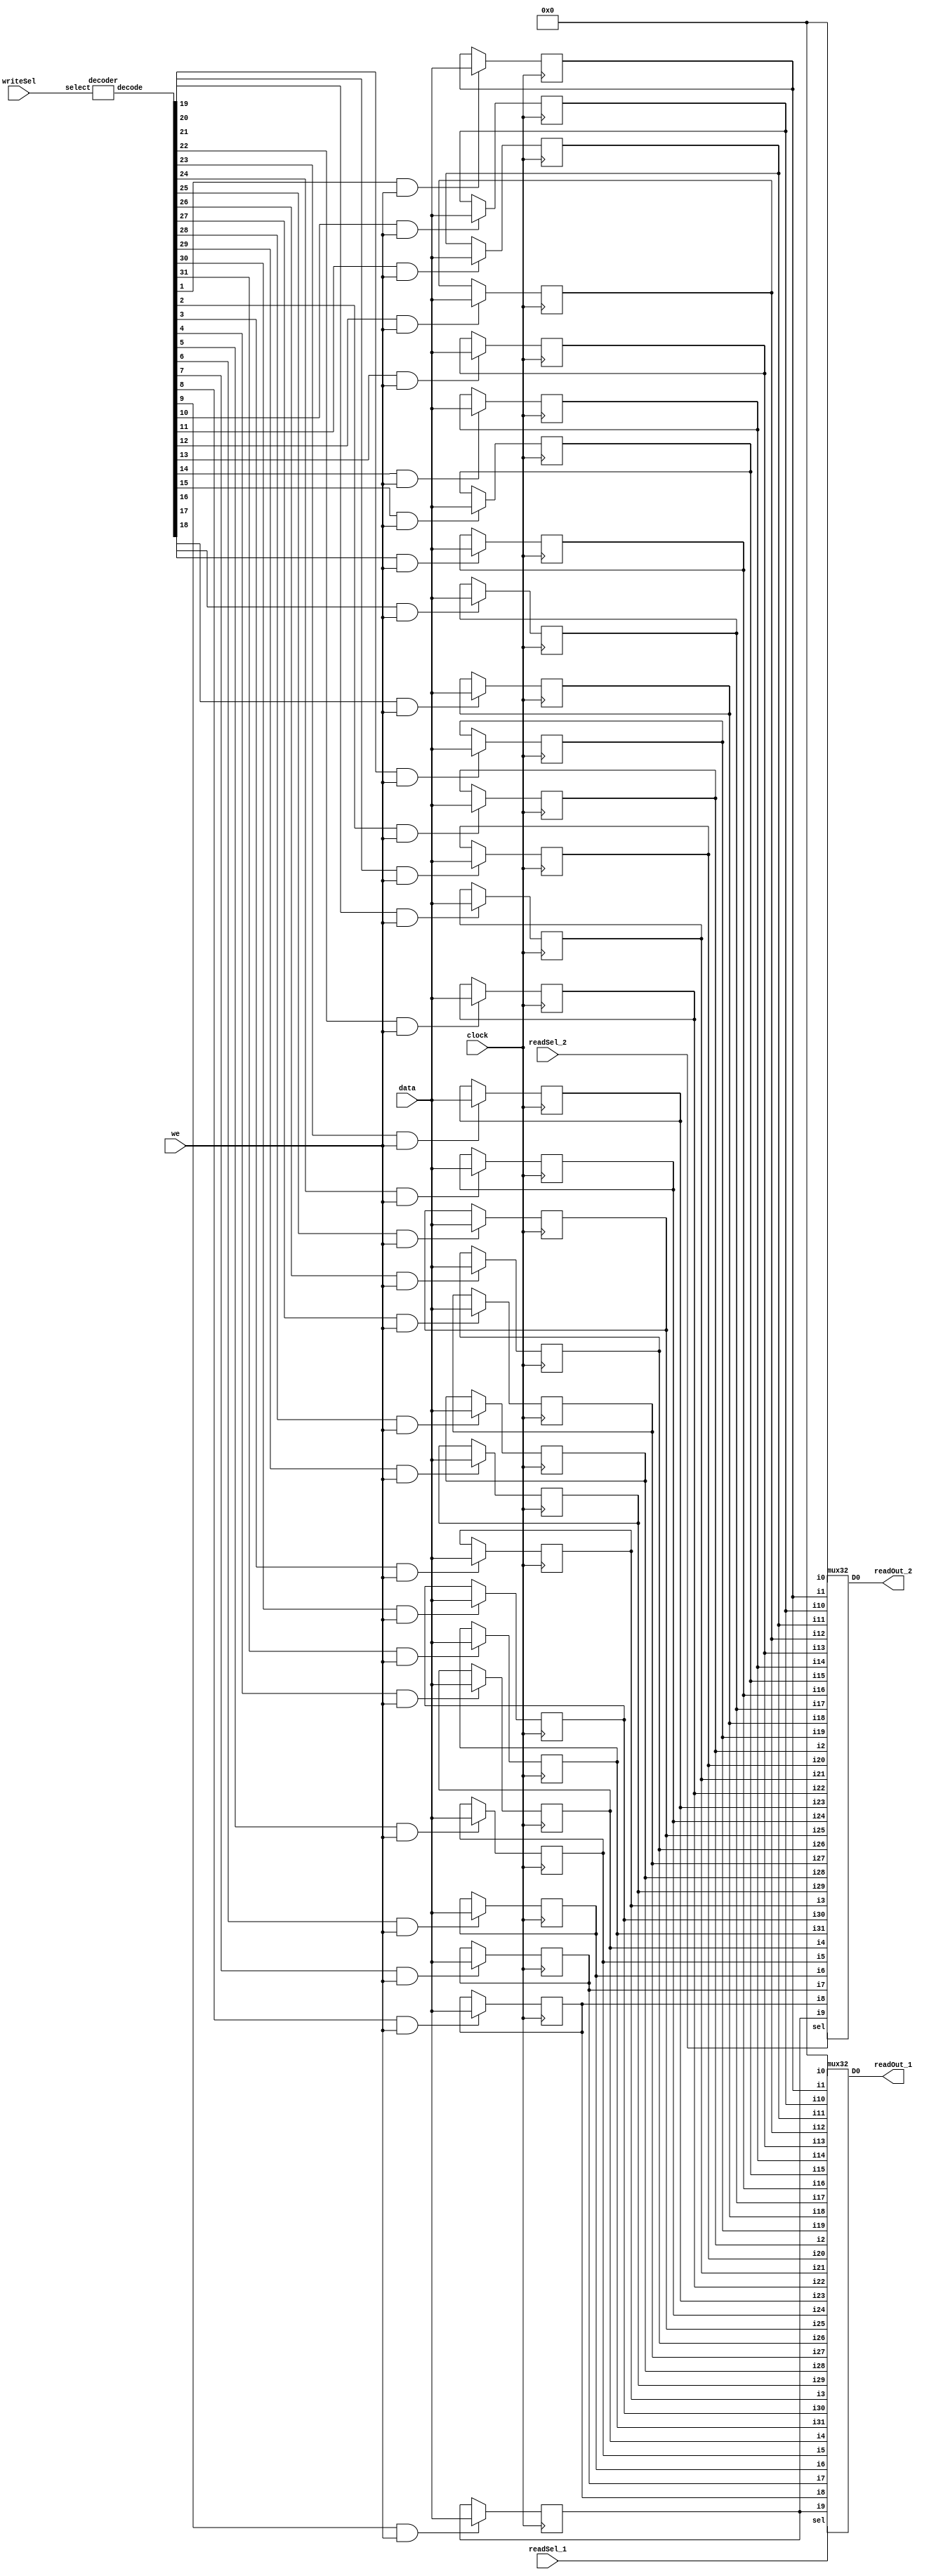
module registerFile (readOut_1, readOut_2, readSel_1, readSel_2, writeSel, data, we, clock);
	output [31:0] readOut_1, readOut_2;
	input [4:0] readSel_1, readSel_2, writeSel;
	input [31:0] data;
	input we, clock;
	
	reg [31:0] memory [31:0]; //The structure that contains the data
		
	initial memory[0] = 31'b0;
	
	mux32 ma0(readOut_1, memory[0],
						memory[1],
						memory[2],
						memory[3],
						memory[4],
						memory[5],
						memory[6],
						memory[7],
						memory[8],
						memory[9],
						memory[10],
						memory[11],
						memory[12],
						memory[13],
						memory[14],
						memory[15],
						memory[16],
						memory[17],
						memory[18],
						memory[19],
						memory[20],
						memory[21],
						memory[22],
						memory[23],
						memory[24],
						memory[25],
						memory[26],
						memory[27],
						memory[28],
						memory[29],
						memory[30],
						memory[31], readSel_1);
	
	mux32 ma1(readOut_2, memory[0],
						memory[1],
						memory[2],
						memory[3],
						memory[4],
						memory[5],
						memory[6],
						memory[7],
						memory[8],
						memory[9],
						memory[10],
						memory[11],
						memory[12],
						memory[13],
						memory[14],
						memory[15],
						memory[16],
						memory[17],
						memory[18],
						memory[19],
						memory[20],
						memory[21],
						memory[22],
						memory[23],
						memory[24],
						memory[25],
						memory[26],
						memory[27],
						memory[28],
						memory[29],
						memory[30],
						memory[31], readSel_2);


	wire [31:0] writeDec, enWriteDec;
	decoder dec0(writeDec, writeSel); // decoding write select

	and a0 (enWriteDec[0],  writeDec[0],  we);
	and a1 (enWriteDec[1],  writeDec[1],  we);
	and a2 (enWriteDec[2],  writeDec[2],  we);
	and a3 (enWriteDec[3],  writeDec[3],  we);
	and a4 (enWriteDec[4],  writeDec[4],  we);
	and a5 (enWriteDec[5],  writeDec[5],  we);
	and a6 (enWriteDec[6],  writeDec[6],  we);
	and a7 (enWriteDec[7],  writeDec[7],  we);
	and a8 (enWriteDec[8],  writeDec[8],  we);
	and a9 (enWriteDec[9],  writeDec[9],  we);
	and a10(enWriteDec[10], writeDec[10], we);
	and a11(enWriteDec[11], writeDec[11], we);
	and a12(enWriteDec[12], writeDec[12], we);
	and a13(enWriteDec[13], writeDec[13], we);
	and a14(enWriteDec[14], writeDec[14], we);
	and a15(enWriteDec[15], writeDec[15], we);
	and a16(enWriteDec[16], writeDec[16], we);
	and a17(enWriteDec[17], writeDec[17], we);
	and a18(enWriteDec[18], writeDec[18], we);
	and a19(enWriteDec[19], writeDec[19], we);
	and a20(enWriteDec[20], writeDec[20], we);
	and a21(enWriteDec[21], writeDec[21], we);
	and a22(enWriteDec[22], writeDec[22], we);
	and a23(enWriteDec[23], writeDec[23], we);
	and a24(enWriteDec[24], writeDec[24], we);
	and a25(enWriteDec[25], writeDec[25], we);
	and a26(enWriteDec[26], writeDec[26], we);
	and a27(enWriteDec[27], writeDec[27], we);
	and a28(enWriteDec[28], writeDec[28], we);
	and a29(enWriteDec[29], writeDec[29], we);
	and a30(enWriteDec[30], writeDec[30], we);
	and a31(enWriteDec[31], writeDec[31], we);
	
	integer k;
	always @(posedge clock)
	begin		
		for (k = 1; k < 32; k = k + 1)
		begin
			if (enWriteDec[k])
			begin
				memory[k][31:0] <= data[31:0];
			end			
		end
		memory[0] <= 32'b0;
	end
	
endmodule

module dFlipFlop(Q, Qbar, D, clock, reset);
	output Q, Qbar;
	input D, clock, reset;
	
	wire Dbar, s0, s1;
	
	not n0(Dbar, D);
	
	nand nd0(s0, clock, D);
	nand nd1(s1, clock, Dbar);
	
	nand nd2(Q, Qbar, s0);
	nand nd3(Qbar, Q, s1);

endmodule


module decoder(decode, select);
	output [31:0] decode;
	input [4:0] select;

	wire [4:0] nSelect;
	
	not n0(nSelect[0], select[0]);
	not n1(nSelect[1], select[1]);
	not n2(nSelect[2], select[2]);
	not n3(nSelect[3], select[3]);
	not n4(nSelect[4], select[4]);
	
	and a0 (decode[0],  nSelect[4], nSelect[3], nSelect[2], nSelect[1], nSelect[0]);
	and a1 (decode[1],  nSelect[4], nSelect[3], nSelect[2], nSelect[1],  select[0]);
	and a2 (decode[2],  nSelect[4], nSelect[3], nSelect[2],  select[1], nSelect[0]);
	and a3 (decode[3],  nSelect[4], nSelect[3], nSelect[2],  select[1],  select[0]);
	and a4 (decode[4],  nSelect[4], nSelect[3],  select[2], nSelect[1], nSelect[0]);
	and a5 (decode[5],  nSelect[4], nSelect[3],  select[2], nSelect[1],  select[0]);
	and a6 (decode[6],  nSelect[4], nSelect[3],  select[2],  select[1], nSelect[0]);
	and a7 (decode[7],  nSelect[4], nSelect[3],  select[2],  select[1],  select[0]);
	and a8 (decode[8],  nSelect[4],  select[3], nSelect[2], nSelect[1], nSelect[0]);
	and a9 (decode[9],  nSelect[4],  select[3], nSelect[2], nSelect[1],  select[0]);
	and a10(decode[10], nSelect[4],  select[3], nSelect[2],  select[1], nSelect[0]);
	and a11(decode[11], nSelect[4],  select[3], nSelect[2],  select[1],  select[0]);
	and a12(decode[12], nSelect[4],  select[3],  select[2], nSelect[1], nSelect[0]);
	and a13(decode[13], nSelect[4],  select[3],  select[2], nSelect[1],  select[0]);
	and a14(decode[14], nSelect[4],  select[3],  select[2],  select[1], nSelect[0]);
	and a15(decode[15], nSelect[4],  select[3],  select[2],  select[1],  select[0]);
	and a16(decode[16],  select[4], nSelect[3], nSelect[2], nSelect[1], nSelect[0]);
	and a17(decode[17],  select[4], nSelect[3], nSelect[2], nSelect[1],  select[0]);
	and a18(decode[18],  select[4], nSelect[3], nSelect[2],  select[1], nSelect[0]);
	and a19(decode[19],  select[4], nSelect[3], nSelect[2],  select[1],  select[0]);
	and a20(decode[20],  select[4], nSelect[3],  select[2], nSelect[1], nSelect[0]);
	and a21(decode[21],  select[4], nSelect[3],  select[2], nSelect[1],  select[0]);
	and a22(decode[22],  select[4], nSelect[3],  select[2],  select[1], nSelect[0]);
	and a23(decode[23],  select[4], nSelect[3],  select[2],  select[1],  select[0]);
	and a24(decode[24],  select[4],  select[3], nSelect[2], nSelect[1], nSelect[0]);
	and a25(decode[25],  select[4],  select[3], nSelect[2], nSelect[1],  select[0]);
	and a26(decode[26],  select[4],  select[3], nSelect[2],  select[1], nSelect[0]);
	and a27(decode[27],  select[4],  select[3], nSelect[2],  select[1],  select[0]);
	and a28(decode[28],  select[4],  select[3],  select[2], nSelect[1], nSelect[0]);
	and a29(decode[29],  select[4],  select[3],  select[2], nSelect[1],  select[0]);
	and a30(decode[30],  select[4],  select[3],  select[2],  select[1], nSelect[0]);
	and a31(decode[31],  select[4],  select[3],  select[2],  select[1],  select[0]);
	
endmodule


module mux2(D0, in0, in1, sel0);
	output [31:0] D0;
	input  [31:0] in0, in1;
	input sel0;

	wire nSel;
	wire [31:0] q0, q1;

	not(nSel, sel0);
	
	and(q0[0], in1[0], sel0);
	and(q0[1], in1[1], sel0);
	and(q0[2], in1[2], sel0);
	and(q0[3], in1[3], sel0);
	and(q0[4], in1[4], sel0);
	and(q0[5], in1[5], sel0);
	and(q0[6], in1[6], sel0);
	and(q0[7], in1[7], sel0);
	and(q0[8], in1[8], sel0);
	and(q0[9], in1[9], sel0);
	and(q0[10], in1[10], sel0);
	and(q0[11], in1[11], sel0);
	and(q0[12], in1[12], sel0);
	and(q0[13], in1[13], sel0);
	and(q0[14], in1[14], sel0);
	and(q0[15], in1[15], sel0);
	and(q0[16], in1[16], sel0);
	and(q0[17], in1[17], sel0);
	and(q0[18], in1[18], sel0);
	and(q0[19], in1[19], sel0);
	and(q0[20], in1[20], sel0);
	and(q0[21], in1[21], sel0);
	and(q0[22], in1[22], sel0);
	and(q0[23], in1[23], sel0);
	and(q0[24], in1[24], sel0);
	and(q0[25], in1[25], sel0);
	and(q0[26], in1[26], sel0);
	and(q0[27], in1[27], sel0);
	and(q0[28], in1[28], sel0);
	and(q0[29], in1[29], sel0);
	and(q0[30], in1[30], sel0);
	and(q0[31], in1[31], sel0);
	
	and(q1[0], in0[0], nSel);
	and(q1[1], in0[1], nSel);
	and(q1[2], in0[2], nSel);
	and(q1[3], in0[3], nSel);
	and(q1[4], in0[4], nSel);
	and(q1[5], in0[5], nSel);
	and(q1[6], in0[6], nSel);
	and(q1[7], in0[7], nSel);
	and(q1[8], in0[8], nSel);
	and(q1[9], in0[9], nSel);
	and(q1[10], in0[10], nSel);
	and(q1[11], in0[11], nSel);
	and(q1[12], in0[12], nSel);
	and(q1[13], in0[13], nSel);
	and(q1[14], in0[14], nSel);
	and(q1[15], in0[15], nSel);
	and(q1[16], in0[16], nSel);
	and(q1[17], in0[17], nSel);
	and(q1[18], in0[18], nSel);
	and(q1[19], in0[19], nSel);
	and(q1[20], in0[20], nSel);
	and(q1[21], in0[21], nSel);
	and(q1[22], in0[22], nSel);
	and(q1[23], in0[23], nSel);
	and(q1[24], in0[24], nSel);
	and(q1[25], in0[25], nSel);
	and(q1[26], in0[26], nSel);
	and(q1[27], in0[27], nSel);
	and(q1[28], in0[28], nSel);
	and(q1[29], in0[29], nSel);
	and(q1[30], in0[30], nSel);
	and(q1[31], in0[31], nSel);
	
	or(D0[0], q0[0], q1[0]);
	or(D0[1], q0[1], q1[1]);
	or(D0[2], q0[2], q1[2]);
	or(D0[3], q0[3], q1[3]);
	or(D0[4], q0[4], q1[4]);
	or(D0[5], q0[5], q1[5]);
	or(D0[6], q0[6], q1[6]);
	or(D0[7], q0[7], q1[7]);
	or(D0[8], q0[8], q1[8]);
	or(D0[9], q0[9], q1[9]);
	or(D0[10], q0[10], q1[10]);
	or(D0[11], q0[11], q1[11]);
	or(D0[12], q0[12], q1[12]);
	or(D0[13], q0[13], q1[13]);
	or(D0[14], q0[14], q1[14]);
	or(D0[15], q0[15], q1[15]);
	or(D0[16], q0[16], q1[16]);
	or(D0[17], q0[17], q1[17]);
	or(D0[18], q0[18], q1[18]);
	or(D0[19], q0[19], q1[19]);
	or(D0[20], q0[20], q1[20]);
	or(D0[21], q0[21], q1[21]);
	or(D0[22], q0[22], q1[22]);
	or(D0[23], q0[23], q1[23]);
	or(D0[24], q0[24], q1[24]);
	or(D0[25], q0[25], q1[25]);
	or(D0[26], q0[26], q1[26]);
	or(D0[27], q0[27], q1[27]);
	or(D0[28], q0[28], q1[28]);
	or(D0[29], q0[29], q1[29]);
	or(D0[30], q0[30], q1[30]);
	or(D0[31], q0[31], q1[31]);

endmodule

 
module mux4(D0, in0, in1, in2, in3, sel0, sel1);
	output [31:0] D0;
	input [31:0] in0, in1, in2, in3; 
	input sel0, sel1;

	wire [31:0] q0, q1;

	mux2 m0(q0, in0, in1, sel0);
	mux2 m1(q1, in2, in3, sel0);
	mux2 m (D0, q0, q1, sel1);
 
endmodule


module mux32 (D0, i0,
						i1,
						i2,
						i3,
						i4,
						i5,
						i6,
						i7,
						i8,
						i9,
						i10,
						i11,
						i12,
						i13,
						i14,
						i15,
						i16,
						i17,
						i18,
						i19,
						i20,
						i21,
						i22,
						i23,
						i24,
						i25,
						i26,
						i27,
						i28,
						i29,
						i30,
						i31, sel);
	output [31:0] D0;
	input [31:0] i0, i1, i2, i3, i4, i5, i6, i7, i8, i9, i10, i11, i12, i13, i14, i15, i16, i17, i18, i19, i20, i21, i22, i23, i24, i25, i26, i27, i28, i29, i30, i31;
	input[4:0] sel;

	wire [31:0] v [9:0];

	mux4 m0(v[0], i0,  i1,  i2,  i3,  sel[0], sel[1]);
	mux4 m1(v[1], i4,  i5,  i6,  i7,  sel[0], sel[1]);
	mux4 m2(v[2], i8,  i9,  i10, i11, sel[0], sel[1]);
	mux4 m3(v[3], i12, i13, i14, i15, sel[0], sel[1]);
	mux4 m4(v[4], i16, i17, i18, i19, sel[0], sel[1]);
	mux4 m5(v[5], i20, i21, i22, i23, sel[0], sel[1]);
	mux4 m6(v[6], i24, i25, i26, i27, sel[0], sel[1]);
	mux4 m7(v[7], i28, i29, i30, i31, sel[0], sel[1]);

	mux4 m8(v[8], v[0], v[1], v[2], v[3], sel[2], sel[3]);
	mux4 m9(v[9], v[4], v[5], v[6], v[7], sel[2], sel[3]);

	mux2 m10(D0, v[8], v[9], sel[4]);
endmodule